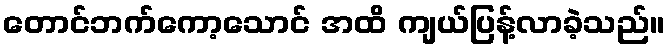
တောင်ဘက်ကော့သောင် အထိ ကျယ်ပြန့်လာခဲ့သည်။